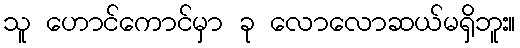
သူ ဟောင်ကောင်မှာ ခု လောလောဆယ်မရှိဘူး။